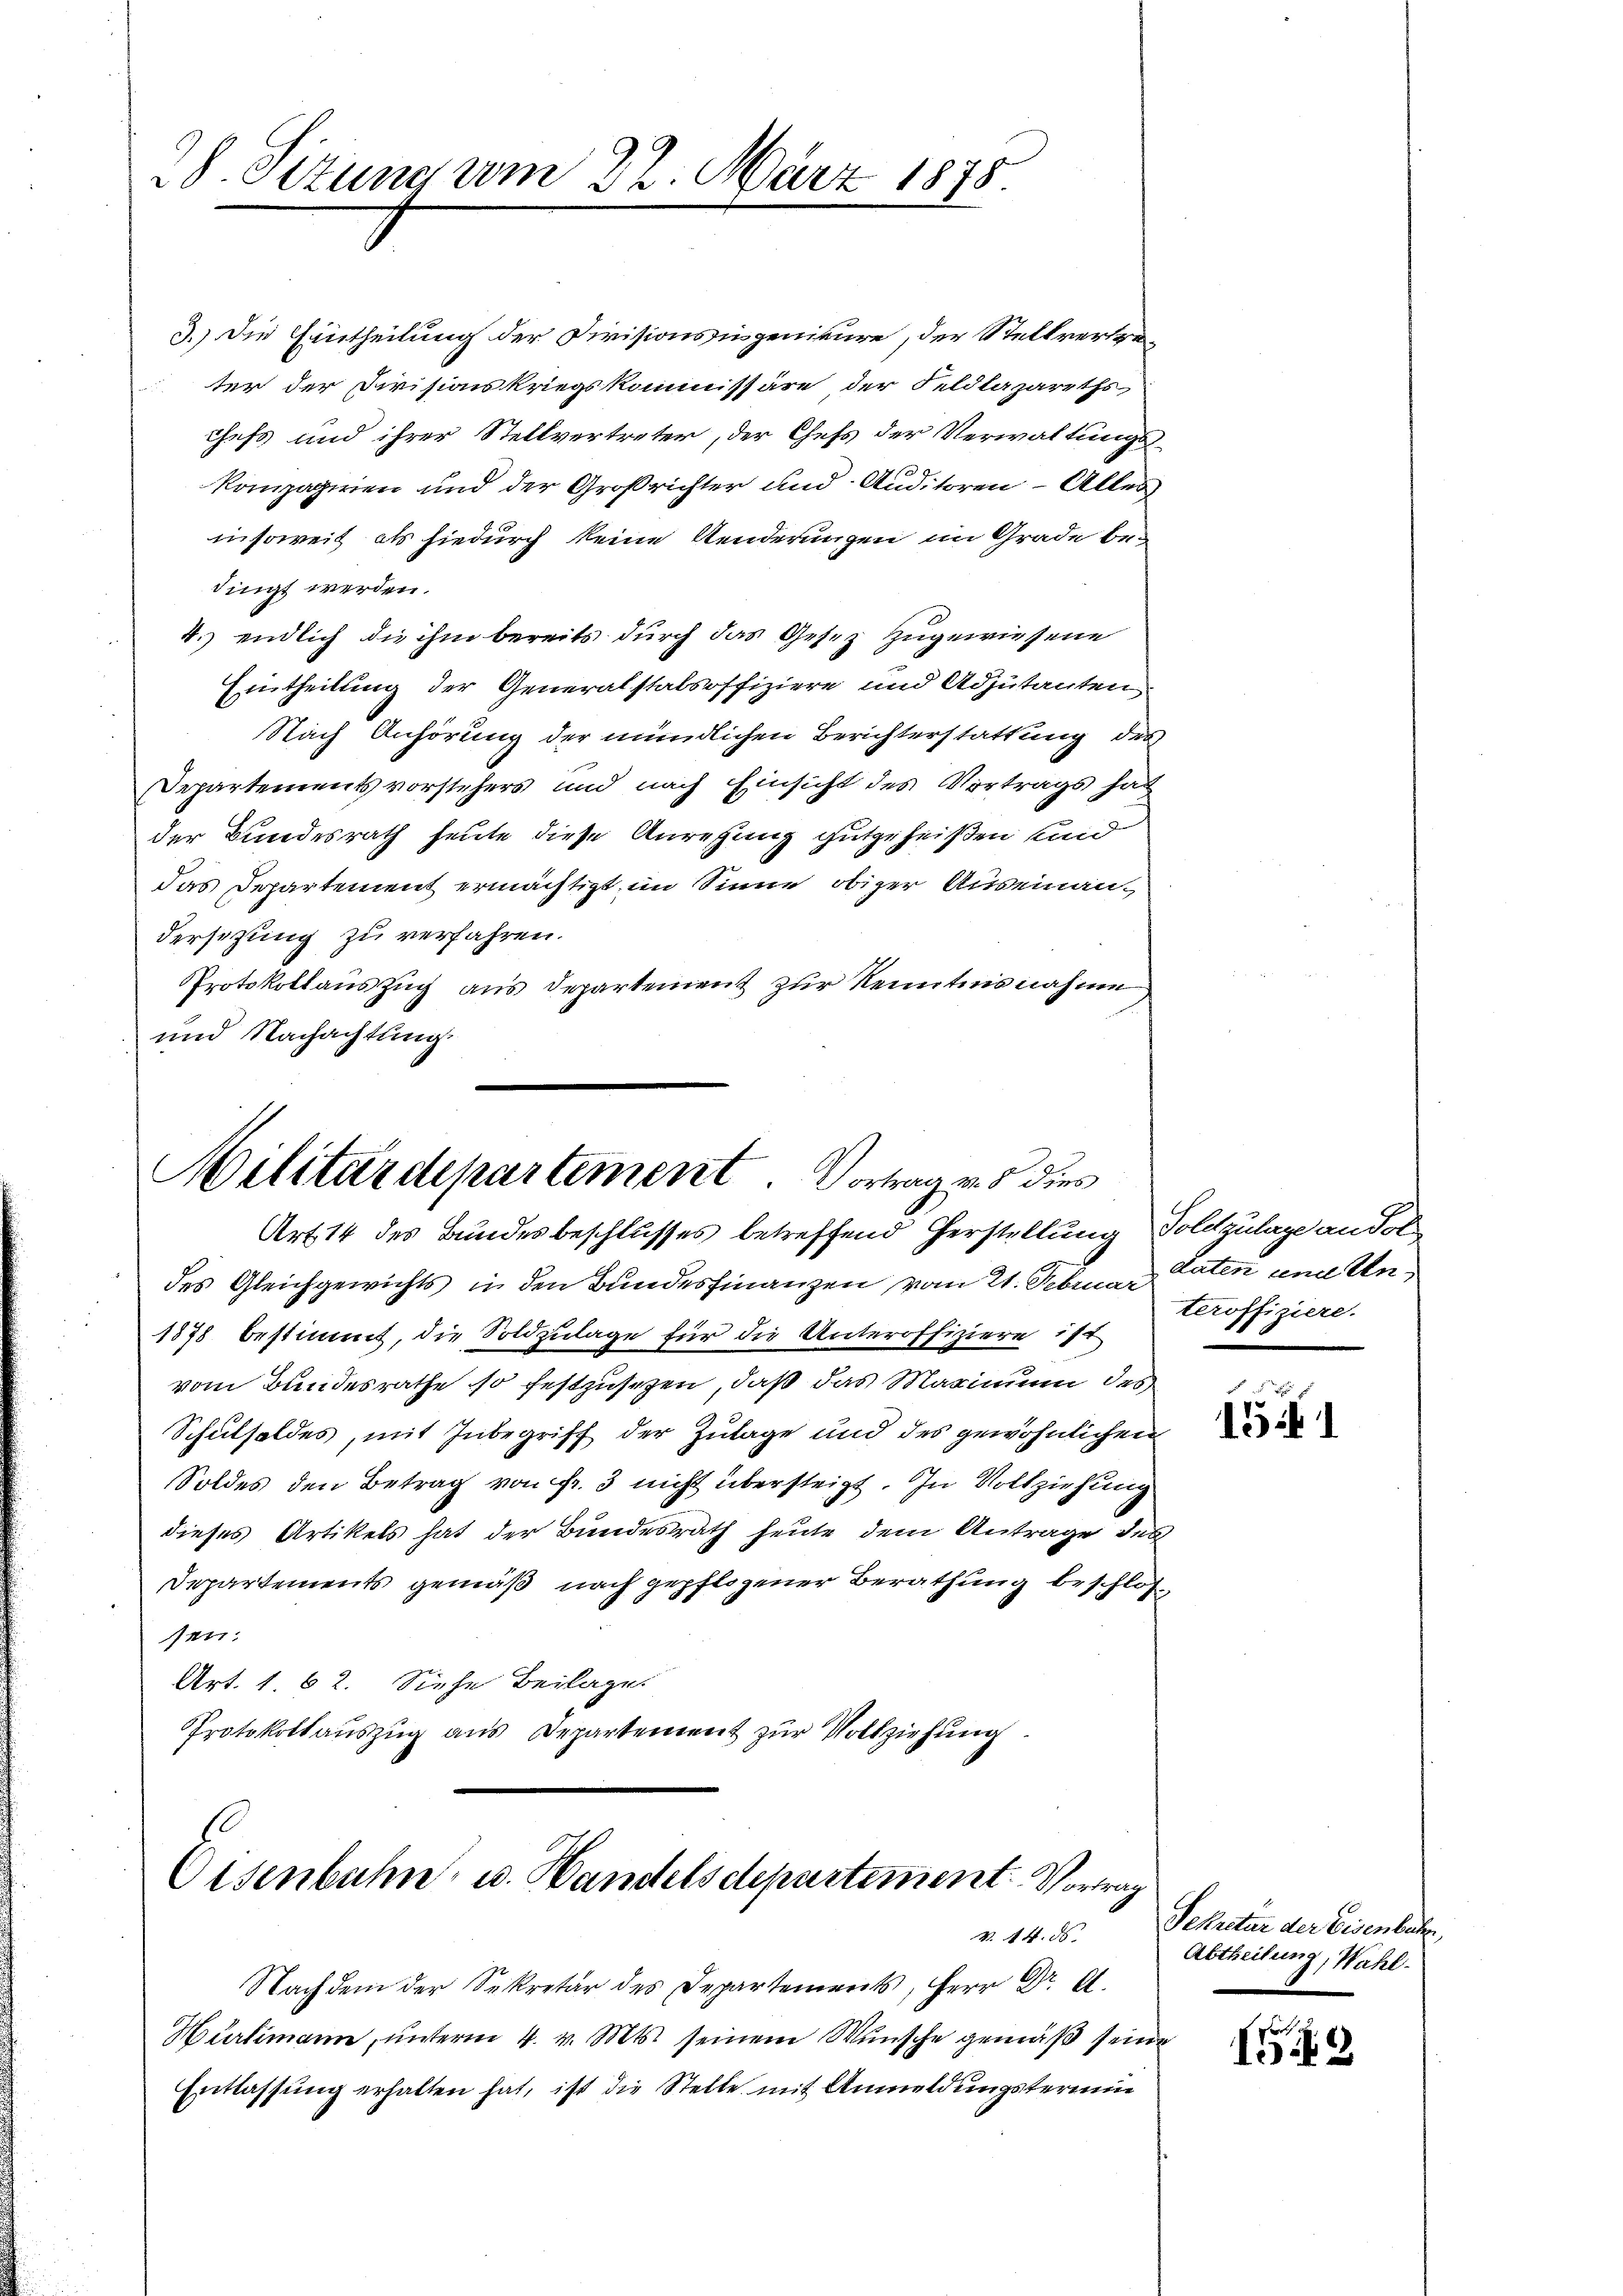
8. Sitzung am 22. März 1878

3.) Die Eintheilung der Divisionsingenieure, der Stellvertrater der Divisionskriegskommissäre, der Feldlazareths
chefs und ihrer Stellvertreter, der Chefs der Verwaltungs¬
30
kompapirien und der Großrichter und Anditoren – Alles
insoweit als hiedurch keine Aenderungen im Grade bedingt werden.
4.) endlich die ihm bereits durch das Gesez zugewiesene
Eintheilung der Generalstabsoffiziere und Adjutanten
Nach Anhörung der mündlichen Berichterstattung des
Departementsvorstehers und nach Einsicht des Vortrags hat
der Bundesrath heute diese Anregung gutgeheißen sind
das Departement ermächtigt im Sinne obiger Auseinandersezung zu verfahren.
Protokollauszug aus Departement zur Kenntnisnahme
und Nachachtung.

Militärdepartement. Vortrag vnd dies
Art 14 des Bundesbeschlusses betreffend Herstellung Toldzulage an dol

des Gleichgewichts in den Bundesfinanzen vom 21. Februar laten und Un¬
1878 bestimmt, die Soldzulage für die Unteroffiziere ist
vom Bundesrathe so festzusetzen, daß das Marinium des
Schulsoldes, mit Inbegriff der Zulage und des gewöhnlichen
Soldes den Betrag von Fr. 3 nicht übersteigt. In Vollziehung
dieses Artikels hat der Bundesrath heute dem Antrage der
Departements gemäß nach gepflogener Berathung beschlossen.
Art. 1. 62. Siehe Beilages
Protokollaŭszŭg aŭs Departement zŭr Vollziehŭng.

Oisenbahn u. Handelsdepartement. Vortrag
V. 14. ds.

.
Hürlimann, unterm 4. v. Mts. seinem Wunsche gemäß seine
Entlassung erhalten hat, ist die Stelle mit Anmeldungstermin

teroffiziere.

11

Sekretär der Eisenbachen,
Abtheilung, Wahl.

e
I9